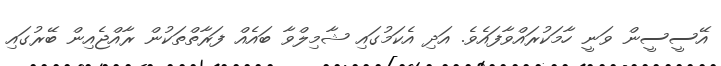
އޭސީސީން ވަނީ ހާމަކުރައްވާފައެވެ. އަދި އެކަމުގައި ޝާމިލްވާ ބައެއް ފަރާތްތަކުން ރާއްޖެއިން ބޭރުގައި